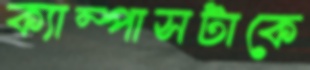
ক্যাম্পাসটাকে